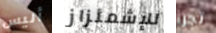
أليس للإشمئزاز تجرأ